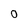
Character: 0